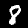
Digit: 8